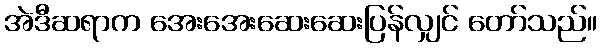
အဲဒီဆရာက အေးအေးဆေးဆေးပြန်လျှင် တော်သည်။